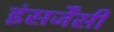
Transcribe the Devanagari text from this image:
इंसर्जेंसी